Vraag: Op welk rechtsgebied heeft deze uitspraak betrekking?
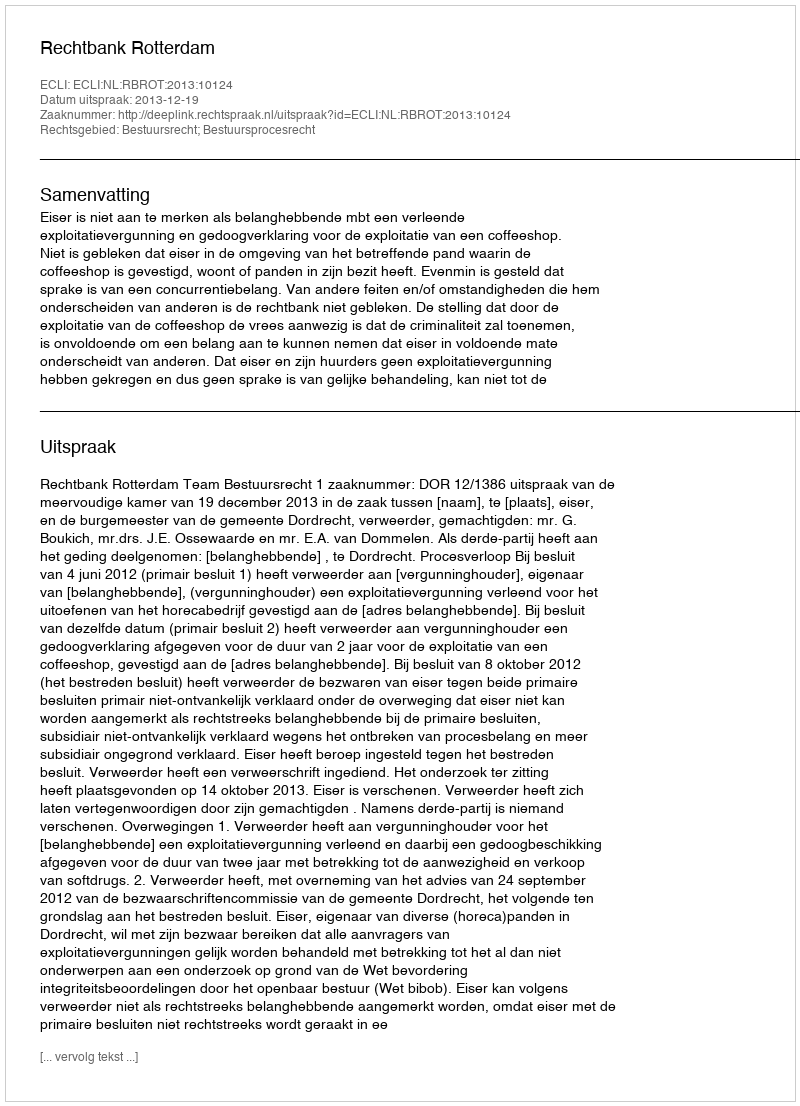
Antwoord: Bestuursrecht; Bestuursprocesrecht